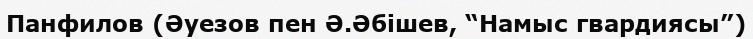
Панфилов (Әуезов пен Ә.Әбішев, “Намыс гвардиясы”)